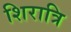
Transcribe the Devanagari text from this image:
शिरात्रि